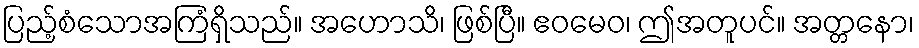
ပြည့်စံသောအကြံရှိသည်။ အဟောသိ၊ ဖြစ်ပြီ။ ဧဝမေဝ၊ ဤအတူပင်။ အတ္တနော၊